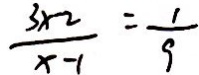
\frac { 3 x - 2 } { x - 1 } = \frac { 1 } { 9 }